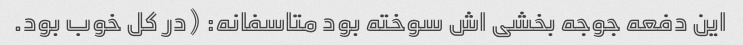
این دفعه جوجه بخشی اش سوخته بود متاسفانه: (در کل خوب بود.